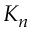
K _ { n }